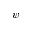
\psi